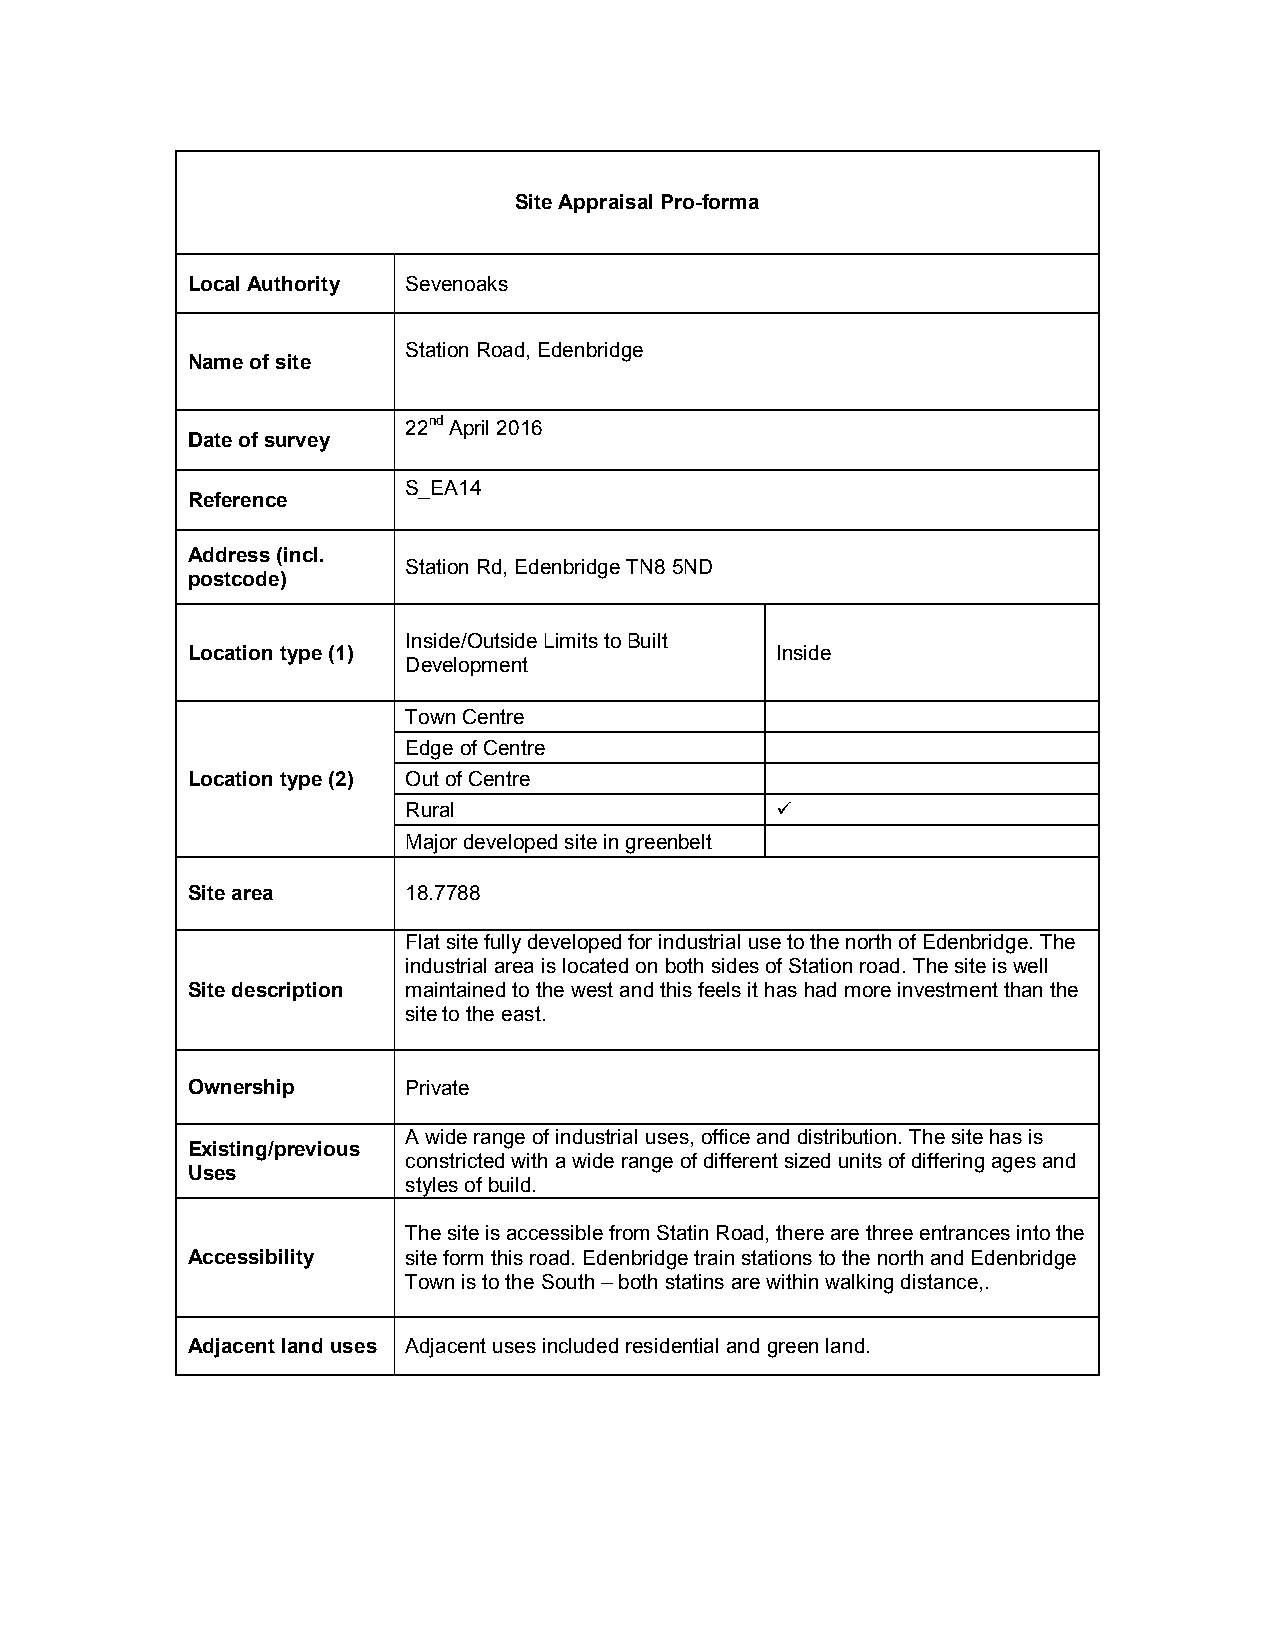
Site Appraisal Pro-forma
 Local Authority Sevenoaks
 Station Road, Edenbridge
 Name of site
 22nd April 2016
 Date of survey
 S_EA14
 Reference
 Address (incl.
 Station Rd, Edenbridge TN8 5ND
 postcode)
 Inside/Outside Limits to Built
 Location type (1)                      Inside
 Development
 Town Centre
 Edge of Centre
 Location type (2) Out of Centre
 Rural                   
 Major developed site in greenbelt
 Site area      18.7788
 Flat site fully developed for industrial use to the north of Edenbridge. The
 industrial area is located on both sides of Station road. The site is well
 Site description maintained to the west and this feels it has had more investment than the
 site to the east.
 Ownership      Private
 A wide range of industrial uses, office and distribution. The site has is
 Existing/previous
 constricted with a wide range of different sized units of differing ages and
 Uses
 styles of build.
 The site is accessible from Statin Road, there are three entrances into the
 Accessibility  site form this road. Edenbridge train stations to the north and Edenbridge
 Town is to the South – both statins are within walking distance,.
 Adjacent land uses Adjacent uses included residential and green land.